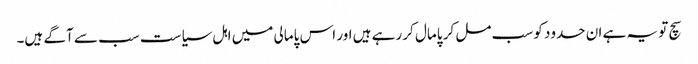
سچ تو یہ ہے ان حدود کو سب مل کر پامال کر رہے ہیں اور اس پامالی میں اہل سیاست سب سے آگے ہیں۔